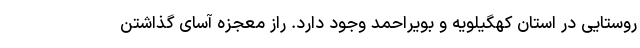
روستایی در استان کهگیلویه و بویراحمد وجود دارد. راز معجزه آسای گذاشتن